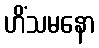
ဟိံသမနော